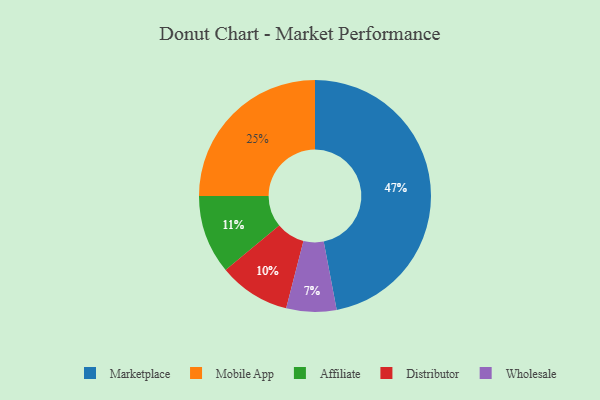
{"axis": {"x": "Category", "y": "Percentage"}, "legend": ["Affiliate", "Distributor", "Marketplace", "Mobile App", "Wholesale"], "data": [{"x": "Marketplace", "y": 47, "type": "Marketplace"}, {"x": "Wholesale", "y": 7, "type": "Wholesale"}, {"x": "Affiliate", "y": 11, "type": "Affiliate"}, {"x": "Distributor", "y": 10, "type": "Distributor"}, {"x": "Mobile App", "y": 25, "type": "Mobile App"}]}